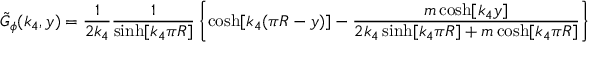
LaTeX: \tilde { G } _ { \phi } ( k _ { 4 } , y ) = \frac { 1 } { 2 k _ { 4 } } \frac { 1 } { \sinh [ k _ { 4 } \pi R ] } \left\{ \cosh [ k _ { 4 } ( \pi R - y ) ] - \frac { m \cosh [ k _ { 4 } y ] } { 2 k _ { 4 } \sinh [ k _ { 4 } \pi R ] + m \cosh [ k _ { 4 } \pi R ] } \right\} ,